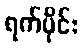
ရက်ပိုင်း